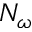
N _ { \omega }